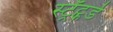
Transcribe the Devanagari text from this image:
स्ट्रॅट्फर्ड